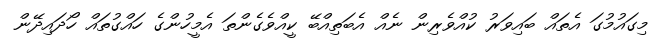
މިގައުމުގަ އެތައް ބައިވަރު ކުއްވެރިން ނެއް އެބަތިއްބޭ ކީއްވެގެންތަ އެމީހުންގެ ހައްގުތައް ހޯދައިދޭން